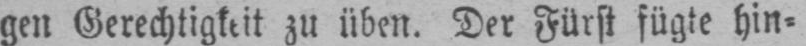
gen Gerechtigkeit zu üben. Der Fürst fügte hin⸗